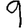
Digit: 9